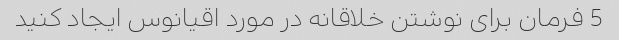
5 فرمان برای نوشتن خلاقانه در مورد اقیانوس ایجاد کنید